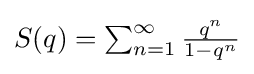
{\textstyle S(q)=\sum _{n=1}^{\infty }{\frac {q^{n}}{1-q^{n}}}}